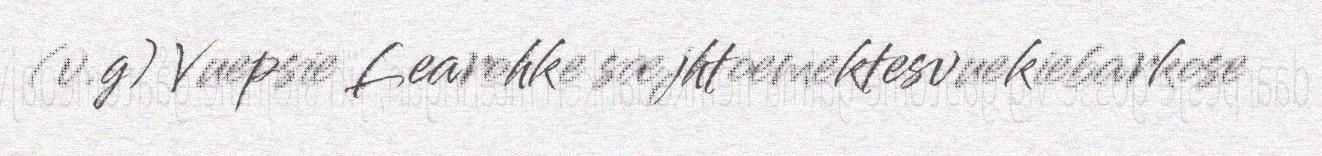
(v.g) Vuepsie Learohke sæjhtoemektesvuekiebarkose